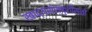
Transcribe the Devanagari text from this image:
खाद्यसंस्कृतीसाठी